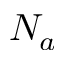
N _ { a }